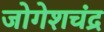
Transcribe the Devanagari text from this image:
जोगेशचंद्र